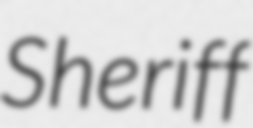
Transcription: Sheriff